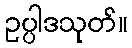
ဥပ္ပါဒသုတ်။